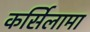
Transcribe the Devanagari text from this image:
कर्सिलामा